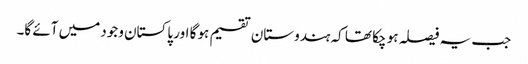
جب یہ فیصلہ ہو چکا تھا کہ ہندوستان تقسیم ہو گا اور پاکستان وجود میں آئے گا۔